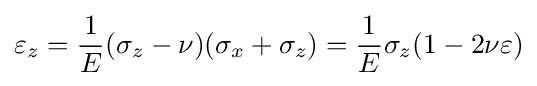
\varepsilon _{z}={\frac {1}{E}}(\sigma _{z}-\nu )(\sigma _{x}+\sigma _{z})={\frac {1}{E}}\sigma _{z}(1-2\nu \varepsilon )